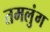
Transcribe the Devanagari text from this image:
तमलुंग